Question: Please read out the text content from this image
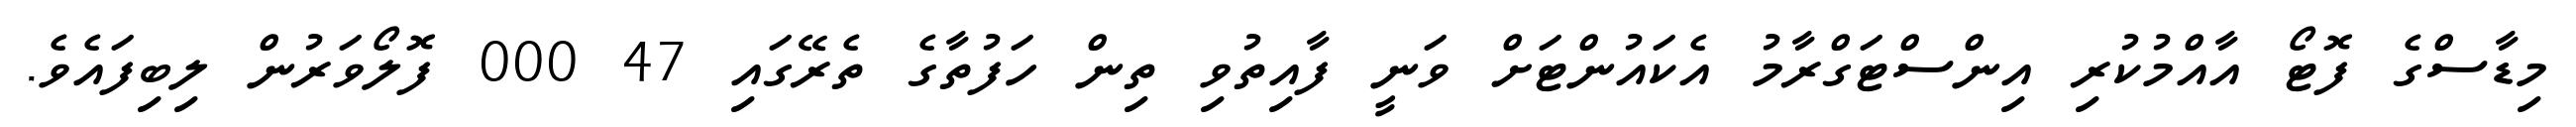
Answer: މިޑާސްގެ ފޮޓޯ އާއްމުކުރި އިންސްޓަގްރާމު އެކައުންޓަށް ވަނީ ފާއިތުވި ތިން ހަފުތާގެ ތެރޭގައި 47 000 ފޮލޯވަރުން ލިބިފައެވެ.